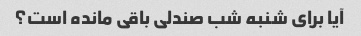
آیا برای شنبه شب صندلی باقی مانده است؟